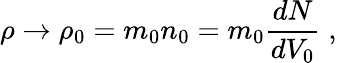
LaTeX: \rho\rightarrow\rho_{0}=m_{0}n_{0}=m_{0}\frac{dN}{dV_{0}}\; ,